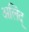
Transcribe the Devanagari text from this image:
अलिंद्